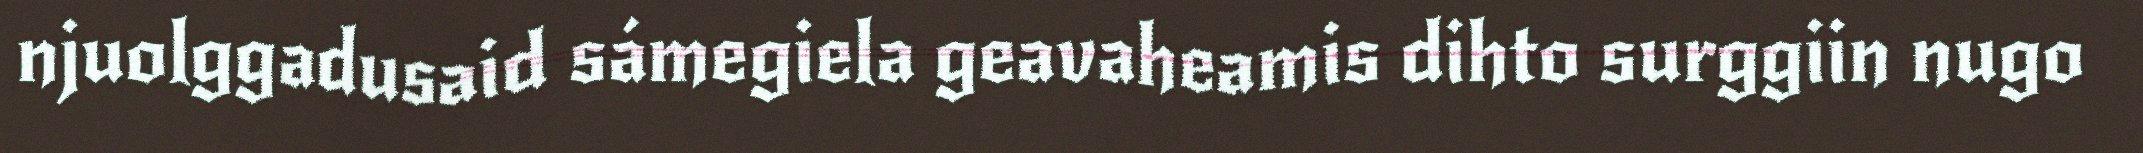
njuolggadusaid sámegiela geavaheamis dihto surggiin nugo